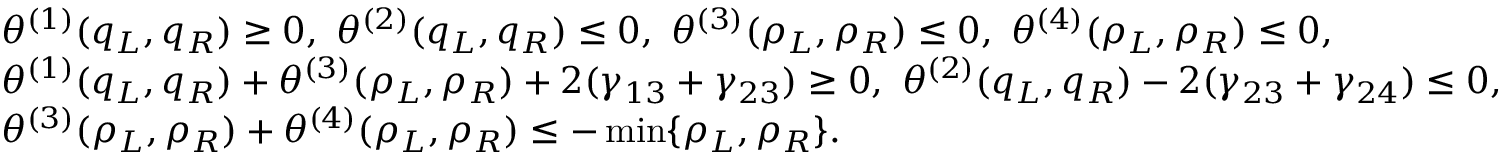
\begin{array} { r l } & { \theta ^ { ( 1 ) } ( q _ { L } , q _ { R } ) \geq 0 , \ \theta ^ { ( 2 ) } ( q _ { L } , q _ { R } ) \leq 0 , \ \theta ^ { ( 3 ) } ( \rho _ { L } , \rho _ { R } ) \leq 0 , \ \theta ^ { ( 4 ) } ( \rho _ { L } , \rho _ { R } ) \leq 0 , } \\ & { \theta ^ { ( 1 ) } ( q _ { L } , q _ { R } ) + \theta ^ { ( 3 ) } ( \rho _ { L } , \rho _ { R } ) + 2 ( \gamma _ { 1 3 } + \gamma _ { 2 3 } ) \geq 0 , \ \theta ^ { ( 2 ) } ( q _ { L } , q _ { R } ) - 2 ( \gamma _ { 2 3 } + \gamma _ { 2 4 } ) \leq 0 , } \\ & { \theta ^ { ( 3 ) } ( \rho _ { L } , \rho _ { R } ) + \theta ^ { ( 4 ) } ( \rho _ { L } , \rho _ { R } ) \leq - \operatorname* { m i n } \{ \rho _ { L } , \rho _ { R } \} . } \end{array}